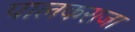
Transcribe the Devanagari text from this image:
पालकराजा